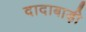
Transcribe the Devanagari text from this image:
दादाबाड़ी